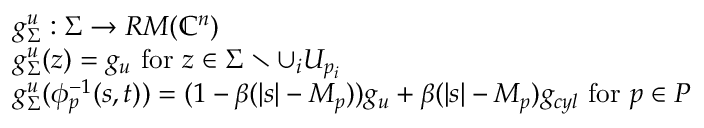
\begin{array} { r l } & { g _ { \Sigma } ^ { u } : \Sigma \to R M ( \mathbb { C } ^ { n } ) } \\ & { g _ { \Sigma } ^ { u } ( z ) = g _ { u } \mathrm { ~ f o r ~ } z \in \Sigma \setminus \cup _ { i } U _ { p _ { i } } } \\ & { g _ { \Sigma } ^ { u } ( \phi _ { p } ^ { - 1 } ( s , t ) ) = ( 1 - \beta ( | s | - M _ { p } ) ) g _ { u } + \beta ( | s | - M _ { p } ) g _ { c y l } \mathrm { ~ f o r ~ } p \in P } \end{array}